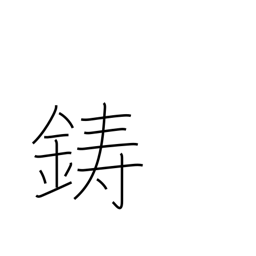
Meaning: mint